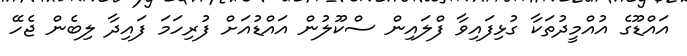
އައްޑޫގެ އުއްމީދުތަކާ ގުޅިފައިވާ ފްލައިން ސްކޫލުން އައްޑުއަށް ފުރިހަމަ ފައިދާ ލިބެން ޖެހޭ